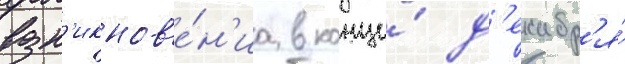
возн'икнов'е́н'иа в конце́ д'екабр'я́